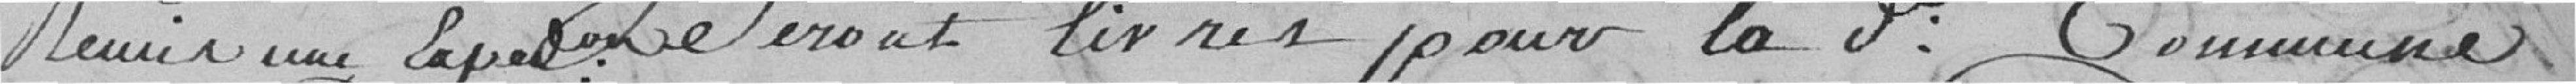
remis une expédition seront livrés pour la dite commune